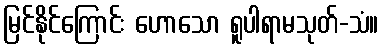
မြင်နိုင်ကြောင်း ဟောသော ရူပါရာမသုတ်-သံ။